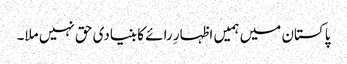
پاکستان میں ہمیں اظہارِ رائے کا بنیادی حق نہیں ملا۔